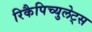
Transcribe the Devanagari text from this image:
रिकैपिच्युलेट्स